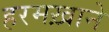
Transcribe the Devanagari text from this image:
हरमख़ाने